NAE_EAA_T-354_Tartu_Tamme_Gumnaasium, lk 6
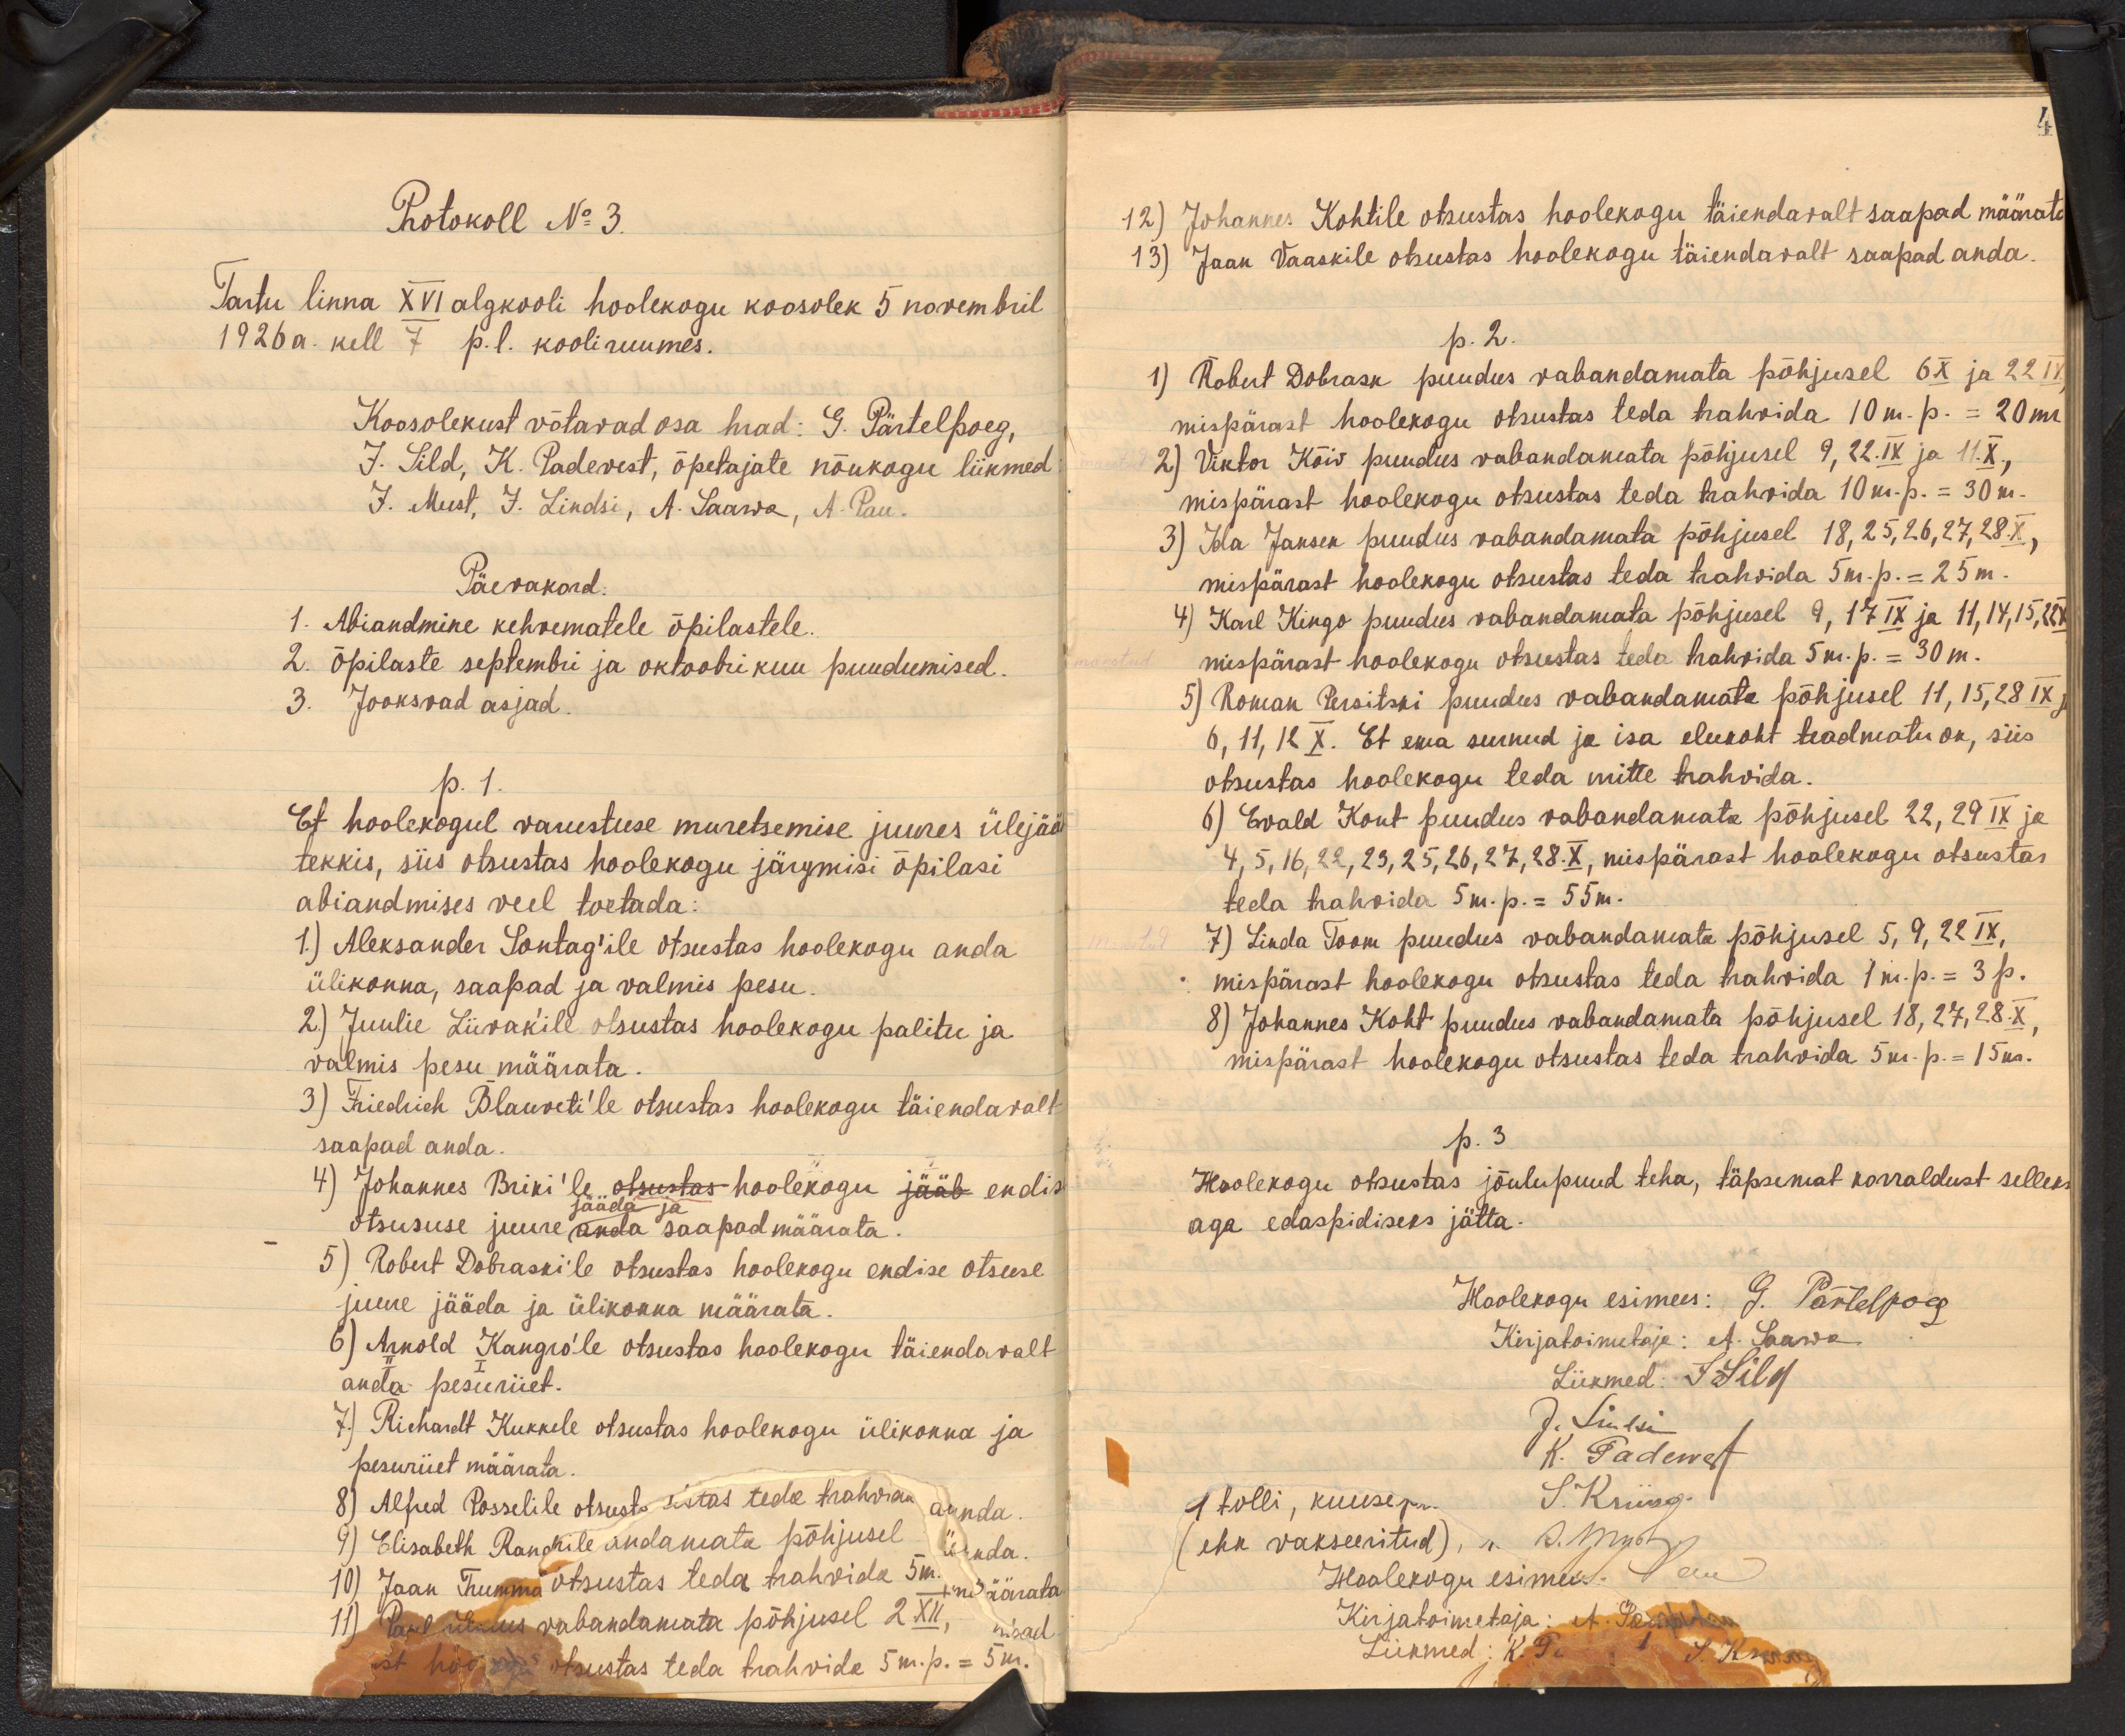
Protokoll No 3.
Tartu linna XVI algkooli hoolekogu koosolek 5 novembril
1926 a. kell 7 p. l. kooli ruumes.
Koosolekust võtavad osa head: G. Pärtelpoeg,
J. Sild, K. Padevest, õpetajate nõukogu liikmed
J. Must, J. Lindsi, A. Saawa, A. Pau.
Päevakord
1. Abiandmine kehvematele õpilastele.
2. õpilaste septembri ja oktoobri kuu puudumised.
3. Jooksvad asjad.
p. 1.
Et hoolekogul varustuse muretsemise juures ülejää
tekkis, siis otsustas hoolekogu järgmisi õpilasi
abiandmises veel toetada:
1) Aleksander Sontag'ile otsustas hoolekogu anda
ülikonna, saapad ja valmis pesu.
2) Juulie Liivak`ile otsustas hoolekogu palitu ja
valmis pesu määrata.
3) Friedrich Blauvet`ile otsustas hoolekogu täiendavalt
saapad anda.
4) Johannes Briki'le hoolekogu endise
otsususe juure jääda ja saapad määrata.
5) Robert Dobraski`le otsustas hoolekogu endise otsuse
juure jääda ja ülikonna määrata.
6) Arnold Kangro'le otsustas hoolekogu täiendavalt
anda pesuriiet.
7.) Richardt Kukkele otsustas hoolekogu ülikonna ja
pesuriiet määrata.
8) Alfred Posselile otsuste istas teda trahviaa annada
9) Elisabeth Raudrile andamata põhjusel nda
10) Jaan Trumma otsustas teda trahvida 5 m. äärata
11) Paul ülemus vabandamata põhjusel 2 XII, ad
st hoo otsustas teda trahvide 5 m.p. = 5m.

12) Johannes Kohtile otsustas hoolekogu täiendavalt saapad määrat
13) Jaan Taaskile otsustas hoolekogu täiendavalt saapad anda.
p. 2.
1) Robert Dobrask puudus vabandamata põhjusel 6X ja 22 IX
mispärast hoolekogu otsustas teda trahvida 10 m. p. = 20 mr
2) Viktor Kõiv puudus vabandamata põhjusel 9, 22.IX ja 11.X.,
mispärast hoolekogu otsustas teda trahvida 10 m. p. = 30 m.
3) Ida Janson puudus vabandamata põhjusel 18, 25, 26, 27, 28.X,
mispärast hoolekogu otsustas teda trahvida 5 m. p. = 25 m.
4) Karl Kingo puudus vabandamata põhjusel 9, 17 IX ja 11, 14, 15, 22 X
mispärast hoolekogu otsustas teda trahvida 5 m. p. - 30 m.
5) RomanPersitski puudus vabandamata põhjusel 11,15,28 IX ja
6, 11, 12 X. Et ema surnud ja isa elukoht teadmatu on, siis
otsustas hoolekogu teda mitte trahvida.
6) Evald Kont puudus vabandamata põhjusel 22, 29 IX ja
4, 5, 16, 22, 23, 25, 26, 27, 28.X, mispärast hoolekogu otsustas
teda trahvida 5 m. p. = 55m.
7) Linda Toom puudus vabandamata põhjusel 5, 9, 22 IX,
mispärast hoolekogu otsustas teda trahvida 1m.p.= 3p.
8) Johannes Koht puudus vabandamata põhjusel 18, 27, 28.X,
mispärast hoolekogu otsustas teda trahvida 5 m. p. = 15 m.
p. 3.
Hoolekogu otsustas jõulupuud teha, täpsemat korraldust selleks
aga edaspidiseks jätta.
Hoolekogu esimees: G. Pärtelpoeg
Kirjatoimetaja: et Saawa
Liikmed: J. Sild
J. Suitsi
K. Padewest
1 tolli, kuusep. S. Kuiog.i
(ehk vakseeritud), S.Muhp
Hoolekogu esimees. Peee
Kirjatoimetaja: et Selisabethu
Liikmed: K. Pä